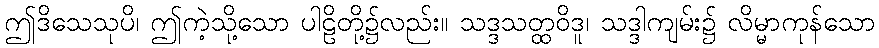
ဤဒိသေသုပိ၊ ဤကဲ့သို့သော ပါဠိတို့၌လည်း။ သဒ္ဒသတ္ထဝိဒူ၊ သဒ္ဒါကျမ်း၌ လိမ္မာကုန်သော